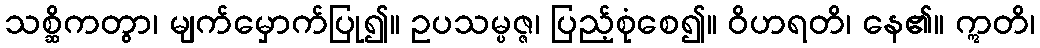
သစ္ဆိကတွာ၊ မျက်မှောက်ပြု၍။ ဥပသမ္ပဇ္ဇ၊ ပြည့်စုံစေ၍။ ဝိဟရတိ၊ နေ၏။ ဣတိ၊